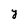
Character: Y